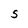
Character: S